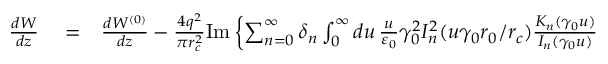
\begin{array} { r l r } { \frac { d W } { d z } } & { { } = } & { \frac { d W ^ { ( 0 ) } } { d z } - \frac { 4 q ^ { 2 } } { \pi r _ { c } ^ { 2 } } \mathrm { I m } \left\{ \sum _ { n = 0 } ^ { \infty } \delta _ { n } \int _ { 0 } ^ { \infty } d u \, \frac { u } { \varepsilon _ { 0 } } \gamma _ { 0 } ^ { 2 } I _ { n } ^ { 2 } ( u \gamma _ { 0 } r _ { 0 } / r _ { c } ) \frac { K _ { n } ( \gamma _ { 0 } u ) } { I _ { n } ( \gamma _ { 0 } u ) } \right. } \end{array}